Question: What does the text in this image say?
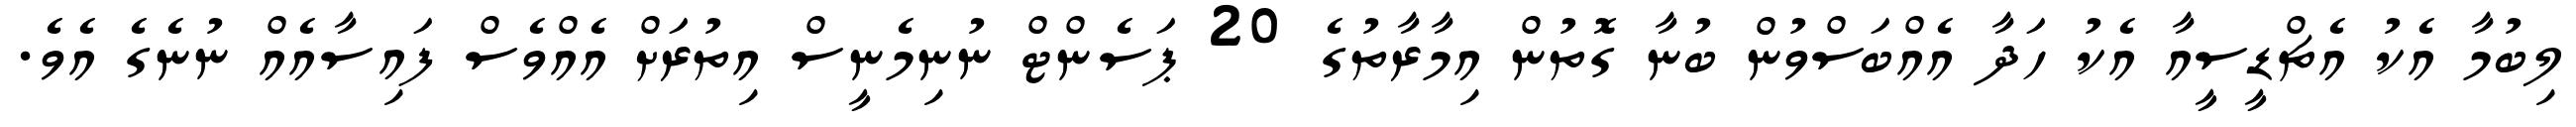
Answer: ލިބުމާ އެކު އެޗްޑީސީއާ އެކު ހަދާ އެއްބަސްވުން ބުނާ ގޮތުން އިމާރާތުގެ 20 ޕަސެންޓް ނުނިމެނީސް އިތުރަށް އެއްވެސް ފައިސާއެއް ނުނެގެ އެވެ.